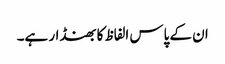
ان کے پاس الفاظ کا بھنڈار ہے۔